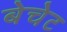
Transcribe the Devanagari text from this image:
बेचेट